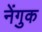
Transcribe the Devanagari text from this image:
नेंगुक